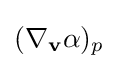
(\nabla _{\mathbf {v} }\alpha )_{p}